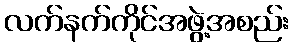
လက်နက်ကိုင်အဖွဲ့အစည်း